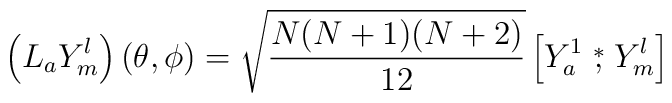
\left(L_a{Y}^l_m\right)(\theta,\phi)=\sqrt{\frac{N(N+1)(N+2)}{12}}\left[{Y}^1_a \stackrel{*}{,}{ Y}^l_m\right]